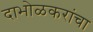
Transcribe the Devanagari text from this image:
दाभोळकरांचा